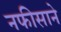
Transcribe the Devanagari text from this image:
नफीसाने